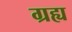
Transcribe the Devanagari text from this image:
ग्रह्य